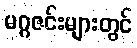
မဂ္ဂဇင်းများတွင်